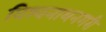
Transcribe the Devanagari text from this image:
विश्वनाथनगरी